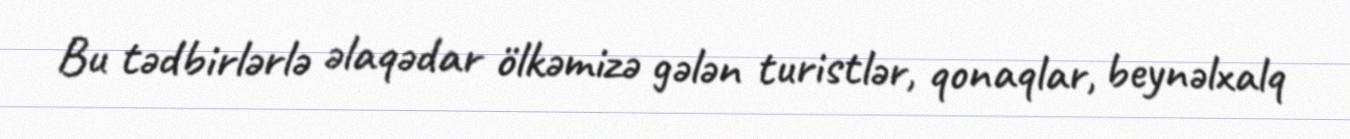
Bu tədbirlərlə əlaqədar ölkəmizə gələn turistlər, qonaqlar, beynəlxalq